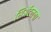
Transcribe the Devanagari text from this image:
सिॲटलचा